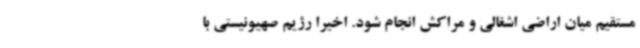
مستقیم میان اراضی اشغالی و مراکش انجام شود. اخیرا رژیم صهیونیستی با